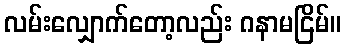
လမ်းလျှောက်တော့လည်း ဂနာမငြိမ်။